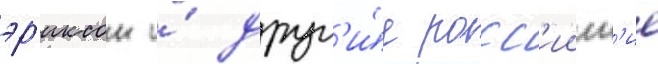
эр'иксон и́ друг'и́е росс'ииск'ие